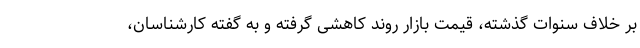
بر خلاف سنوات گذشته، قیمت بازار روند کاهشی گرفته و به گفته کارشناسان،